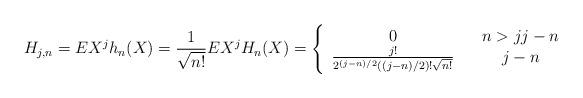
LaTeX: \begin{align*}H_{j,n}=EX^{j}h_{n}(X)=\frac{1}{\sqrt{n!}}EX^{j}H_{n}(X)=\left\{ \begin{array}{ccc}0 & & n>jj-n \\ \frac{j!}{2^{(j-n)/2}((j-n)/2)!\sqrt{n!}} & & j-n\end{array}\right. \end{align*}